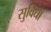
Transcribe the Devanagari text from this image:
सुविधां